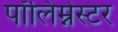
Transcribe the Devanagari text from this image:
पॉलिम्नेस्टर